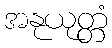
အနုယုတ္တံ